Scottish Leaving Certificate Examination, 1958
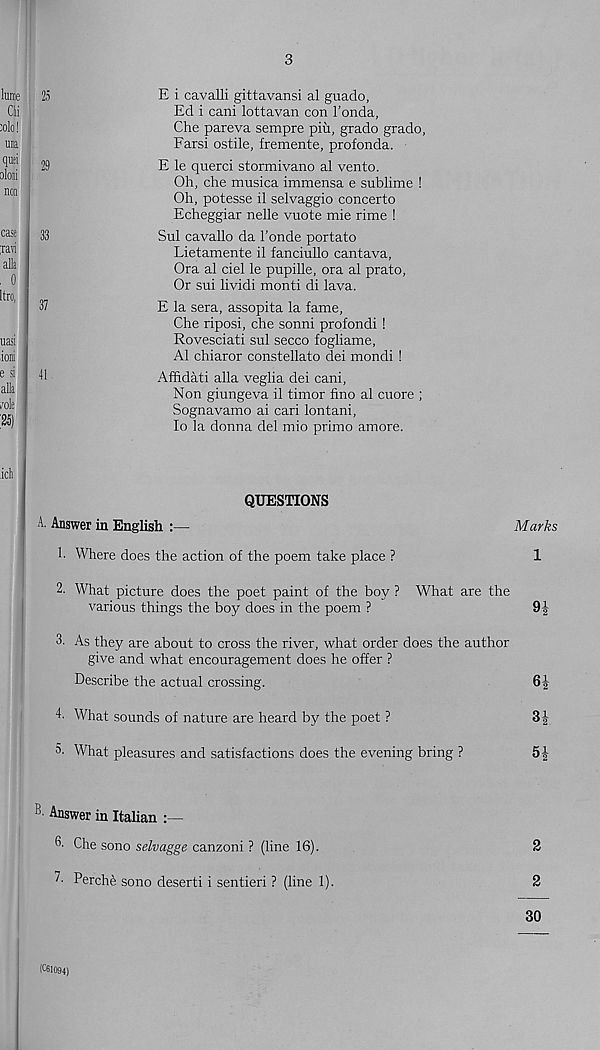
3
25
E i cavalli gittavansi al guado,
Ed i cani lottavan con 1’onda,
Che pareva sempre pin, grado grado,
Farsi ostile, fremente, profonda.
29
E le querci stormivano al vento.
Oh, che musica immensa e sublime !
Oh, potesse il selvaggio concerto
Echeggiar nelle vuote mie rime !
33
Sul cavallo da 1’onde portato
Lietamente il fanciullo cantava,
Ora al del le pupille, ora al prato,
Or sui lividi monti di lava.
37
E la sera, assopita la fame,
Che riposi, che sonni profondi !
Rovesciati sul secco fogliame,
Al chiaror constellate dei mondi !
41
Affidati alia veglia dei cani.
Non giungeva il timor fino al cuore ;
Sognavamo ai cari lontani,
lo la donna del mio primo amore.
QUESTIONS
A. Answer in English :—
Marks
1. Where does the action of the poem take place ?
1
2. What picture does the poet paint of the boy ? What are the
various things the boy does in the poem ?
9J
3- As they are about to cross the river, what order does the author
give and what encouragement does he offer ?
Describe the actual crossing.
6J
4- What sounds of nature are heard by the poet ?
3|
What pleasures and satisfactions does the evening bring ?
B Answer in Italian
6- Che sono selvagge canzoni ? (line 16).
2
7- Perche sono deserti i sentieri ? (line 1).
2
(C61094)
30